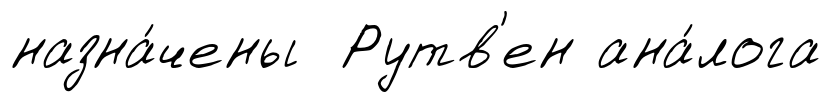
назна́чены Рутв'ен ана́лога